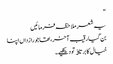
“
یہ شعر ملاحظہ فرمائیں
بن گیا رقیب آخر، تھا جو رازداں اپنا
خیال کا برتاﺅ تو دیکھیے۔